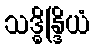
သဒ္ဓိန္ဒြိယံ